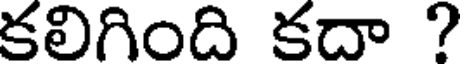
కలిగింది కదా ?